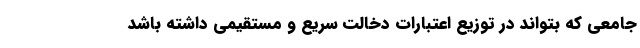
جامعی که بتواند در توزیع اعتبارات دخالت سریع و مستقیمی داشته باشد